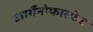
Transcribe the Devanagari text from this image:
आर्गैनोफास्फेट